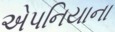
એપનિયાના